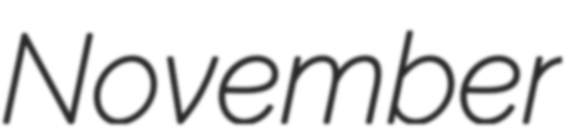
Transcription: November